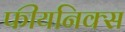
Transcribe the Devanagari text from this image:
फीयनिक्स